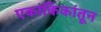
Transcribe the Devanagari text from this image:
एकांकिकांतून